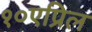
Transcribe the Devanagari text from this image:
१०एप्रिल